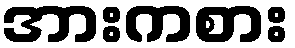
အားကစား